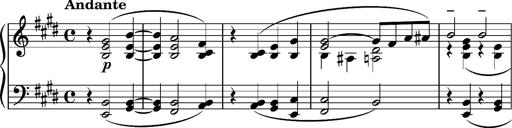
Title: Album-Leaf 'Consolation 1'
Composer: Franz Liszt
Key: E major